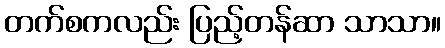
တက်စကလည်း ပြည့်တန်ဆာ သာသာ။